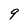
Character: 9